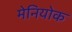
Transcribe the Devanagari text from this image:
मेनियोक